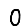
Digit: 0